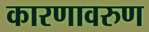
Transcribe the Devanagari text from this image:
कारणावरुण